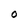
Character: O